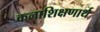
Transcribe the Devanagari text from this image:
कलाशिक्षणार्थ